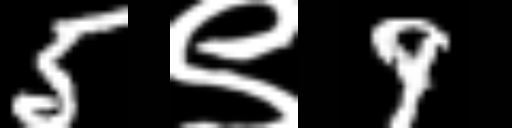
Text: 5९9